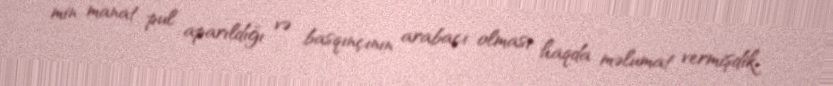
min manat pul aparıldığı və basqınçının arabaçı olması haqda məlumat vermişdik.